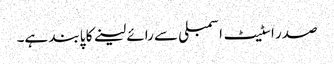
صدر اسٹیٹ اسمبلی سے رائے لینے کا پابند ہے۔